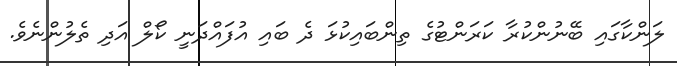
ލަންކާގައި ބޭނުންކުރާ ކަރަންޓުގެ ތިންބައިކުޅަ ދެ ބައި އުފައްދަނީ ކޯލް އަދި ތެލުންނެވެ.